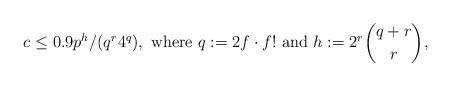
LaTeX: \begin{align*}c \le 0.9p^{h}/(q^r4^q), \mbox{ where }q:=2f\cdot f! \mbox{ and } h:=2^r\binom{q+r}{r}, \end{align*}